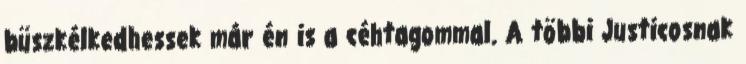
büszkélkedhessek már én is a céhtagommal. A többi Justicosnak